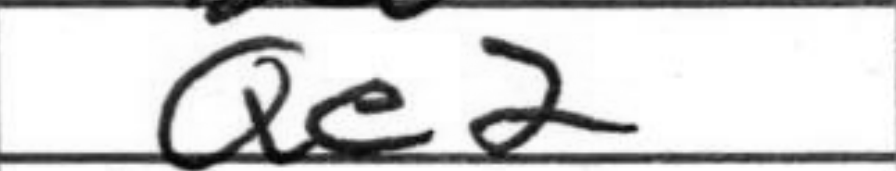
Transcription: Qe2